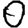
Digit: 0